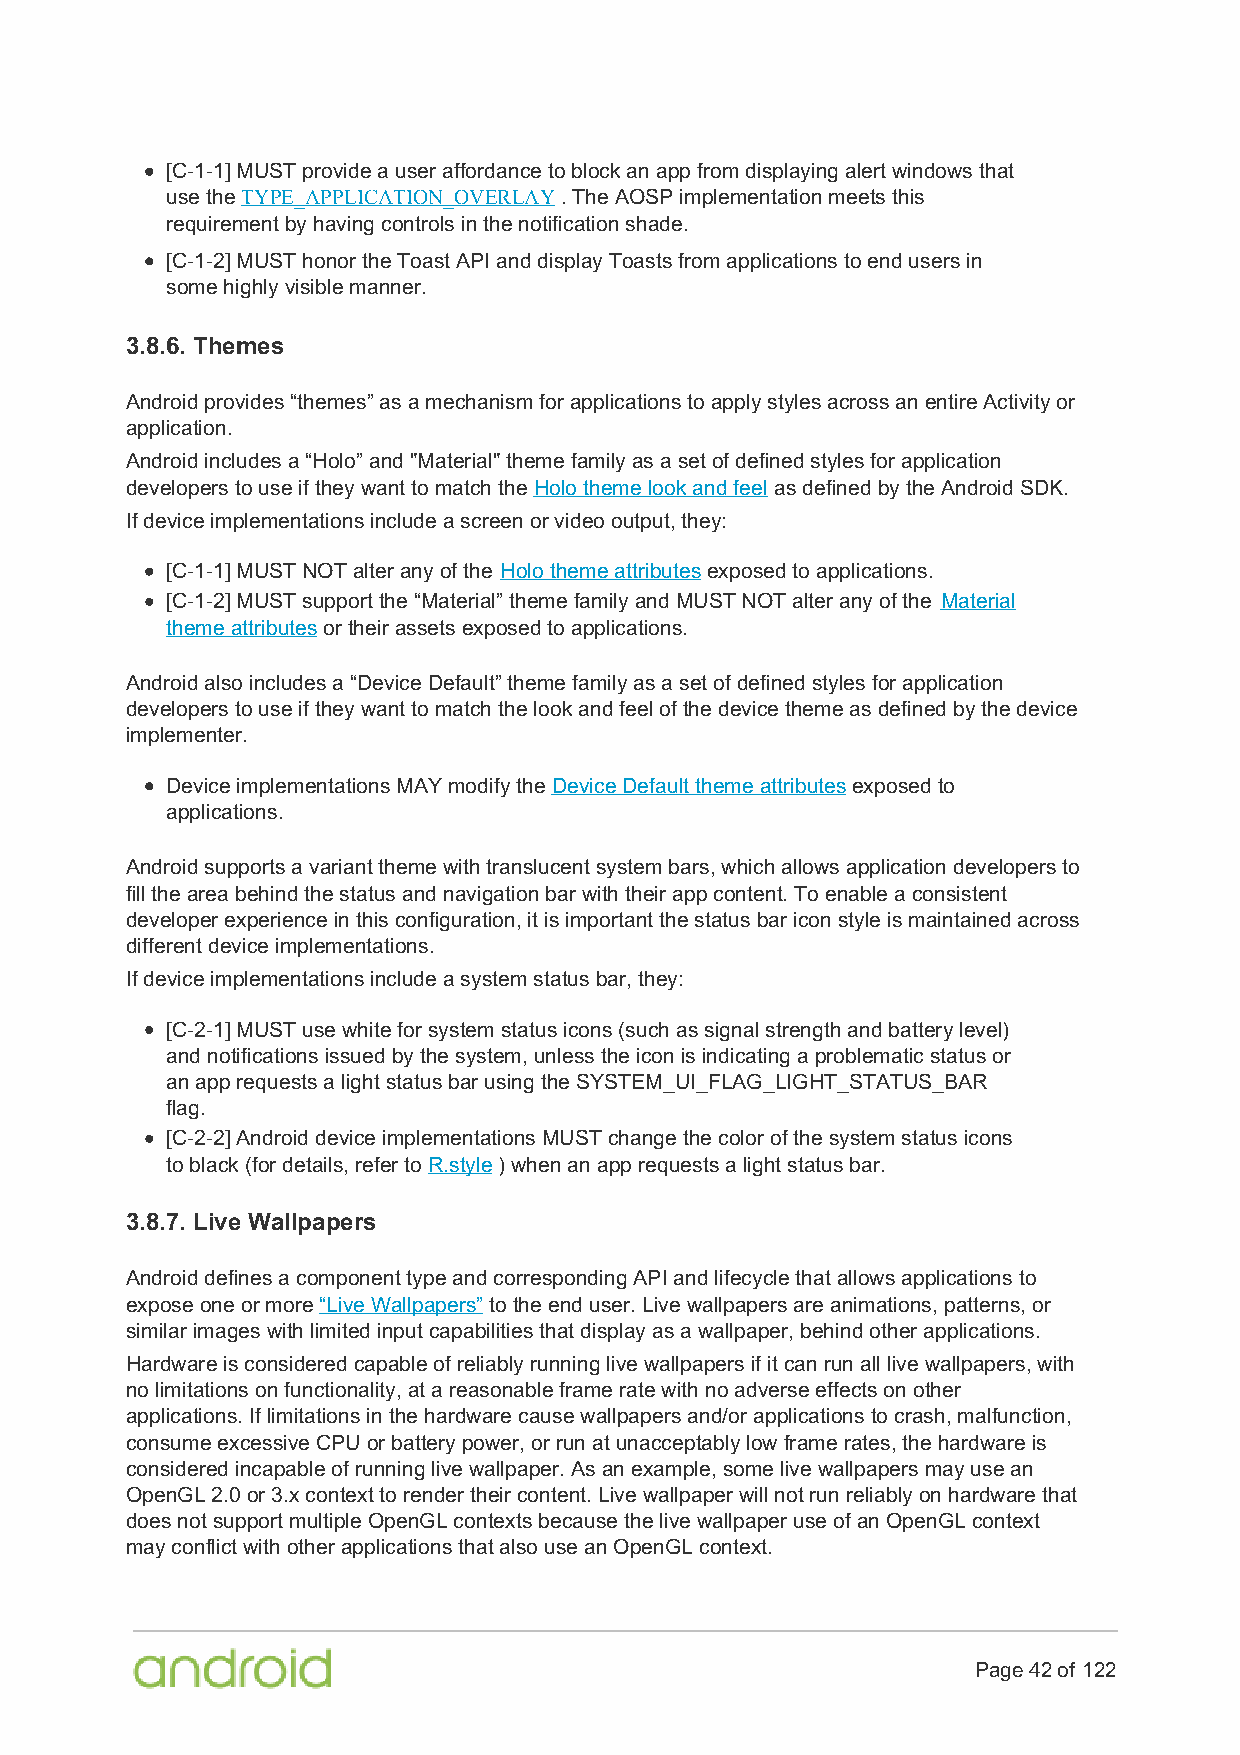
[C-1-1] MUST provide a user affordance to block an app from displaying alert windows that
 use the TYPE_APPLICATION_OVERLAY . The AOSP implementation meets this
 requirement by having controls in the notification shade.
 [C-1-2] MUST honor the Toast API and display Toasts from applications to end users in
 some highly visible manner.
 3.8.6. Themes
 Android provides “themes” as a mechanism for applications to apply styles across an entire Activity or
 application.
 Android includes a “Holo” and "Material" theme family as a set of defined styles for application
 developers to use if they want to match the Holo theme look and feel as defined by the Android SDK.
 If device implementations include a screen or video output, they:
 [C-1-1] MUST NOT alter any of the Holo theme attributes exposed to applications.
 [C-1-2] MUST support the “Material” theme family and MUST NOT alter any of the Material
 theme attributes or their assets exposed to applications.
 Android also includes a “Device Default” theme family as a set of defined styles for application
 developers to use if they want to match the look and feel of the device theme as defined by the device
 implementer.
 Device implementations MAY modify the Device Default theme attributes exposed to
 applications.
 Android supports a variant theme with translucent system bars, which allows application developers to
 fill the area behind the status and navigation bar with their app content. To enable a consistent
 developer experience in this configuration, it is important the status bar icon style is maintained across
 different device implementations.
 If device implementations include a system status bar, they:
 [C-2-1] MUST use white for system status icons (such as signal strength and battery level)
 and notifications issued by the system, unless the icon is indicating a problematic status or
 an app requests a light status bar using the SYSTEM_UI_FLAG_LIGHT_STATUS_BAR
 flag.
 [C-2-2] Android device implementations MUST change the color of the system status icons
 to black (for details, refer to R.style ) when an app requests a light status bar.
 3.8.7. Live Wallpapers
 Android defines a component type and corresponding API and lifecycle that allows applications to
 expose one or more “Live Wallpapers” to the end user. Live wallpapers are animations, patterns, or
 similar images with limited input capabilities that display as a wallpaper, behind other applications.
 Hardware is considered capable of reliably running live wallpapers if it can run all live wallpapers, with
 no limitations on functionality, at a reasonable frame rate with no adverse effects on other
 applications. If limitations in the hardware cause wallpapers and/or applications to crash, malfunction,
 consume excessive CPU or battery power, or run at unacceptably low frame rates, the hardware is
 considered incapable of running live wallpaper. As an example, some live wallpapers may use an
 OpenGL 2.0 or 3.x context to render their content. Live wallpaper will not run reliably on hardware that
 does not support multiple OpenGL contexts because the live wallpaper use of an OpenGL context
 may conflict with other applications that also use an OpenGL context.
 Page 42 of 122